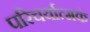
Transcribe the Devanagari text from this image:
परिचर्यात्मकं